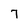
Character: 7